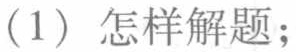
(1) 怎样解题；